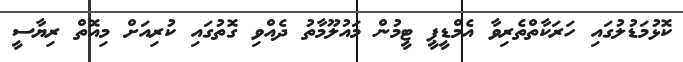
ކޮޅުމަޑުލުގައި ހަރަކާތްތެރިވާ އެމްޑީޕީ ޓީމުން މައުލޫމާތު ދެއްވި ގޮތުގައި ކުރިއަށް މިއޮތް ރިޔާސީ